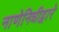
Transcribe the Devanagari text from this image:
नाणेनिधीद्वारे